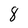
Character: 8